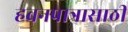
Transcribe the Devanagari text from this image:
हवनपात्रासाठी